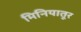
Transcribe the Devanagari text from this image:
मिनियातूर